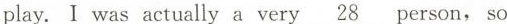
play.I was actually a very \underline{ 28}person, so